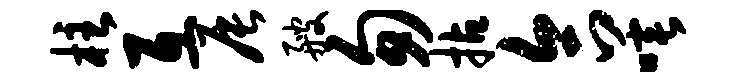
柱互辰艘匆拈合唾